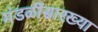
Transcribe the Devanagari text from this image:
मंडळींसारख्या